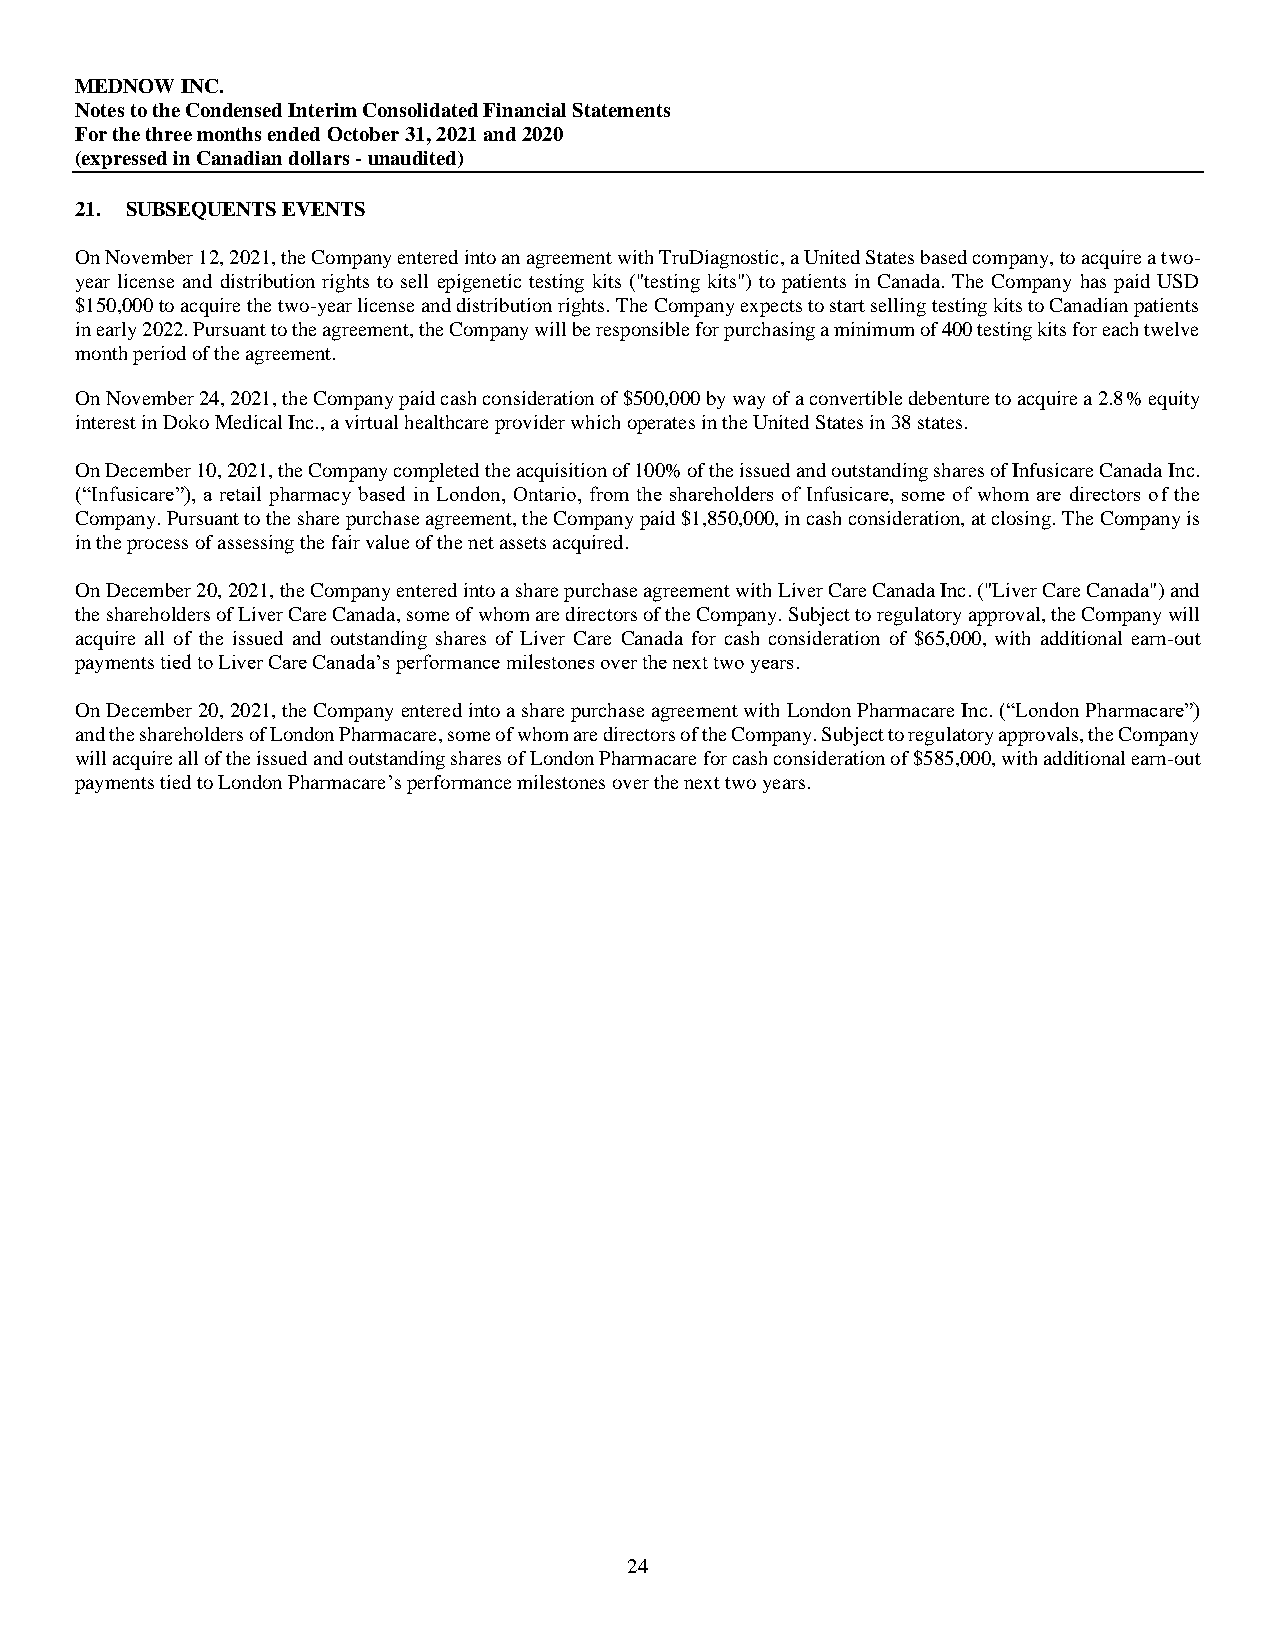
MEDNOW INC.
 Notes to the Condensed Interim Consolidated Financial Statements
 For the three months ended October 31, 2021 and 2020
 (expressed in Canadian dollars - unaudited)
 21. SUBSEQUENTS EVENTS
 On November 12, 2021, the Company entered into an agreement with TruDiagnostic, a United States based company, to acquire a two-
 year license and distribution rights to sell epigenetic testing kits ("testing kits") to patients in Canada. The Company has paid USD
 $150,000 to acquire the two-year license and distribution rights. The Company expects to start selling testing kits to Canadian patients
 in early 2022. Pursuant to the agreement, the Company will be responsible for purchasing a minimum of 400 testing kits for each twelve
 month period of the agreement.
 On November 24, 2021, the Company paid cash consideration of $500,000 by way of a convertible debenture to acquire a 2.8% equity
 interest in Doko Medical Inc., a virtual healthcare provider which operates in the United States in 38 states.
 On December 10, 2021, the Company completed the acquisition of 100% of the issued and outstanding shares of Infusicare Canada Inc.
 (“Infusicare”), a retail pharmacy based in London, Ontario, from the shareholders of Infusicare, some of whom are directors of the
 Company. Pursuant to the share purchase agreement, the Company paid $1,850,000, in cash consideration, at closing. The Company is
 in the process of assessing the fair value of the net assets acquired.
 On December 20, 2021, the Company entered into a share purchase agreement with Liver Care Canada Inc. ("Liver Care Canada") and
 the shareholders of Liver Care Canada, some of whom are directors of the Company. Subject to regulatory approval, the Company will
 acquire all of the issued and outstanding shares of Liver Care Canada for cash consideration of $65,000, with additional earn-out
 payments tied to Liver Care Canada’s performance milestones over the next two years.
 On December 20, 2021, the Company entered into a share purchase agreement with London Pharmacare Inc. (“London Pharmacare”)
 and the shareholders of London Pharmacare, some of whom are directors of the Company. Subject to regulatory approvals, the Company
 will acquire all of the issued and outstanding shares of London Pharmacare for cash consideration of $585,000, with additional earn-out
 payments tied to London Pharmacare’s performance milestones over the next two years.
 24